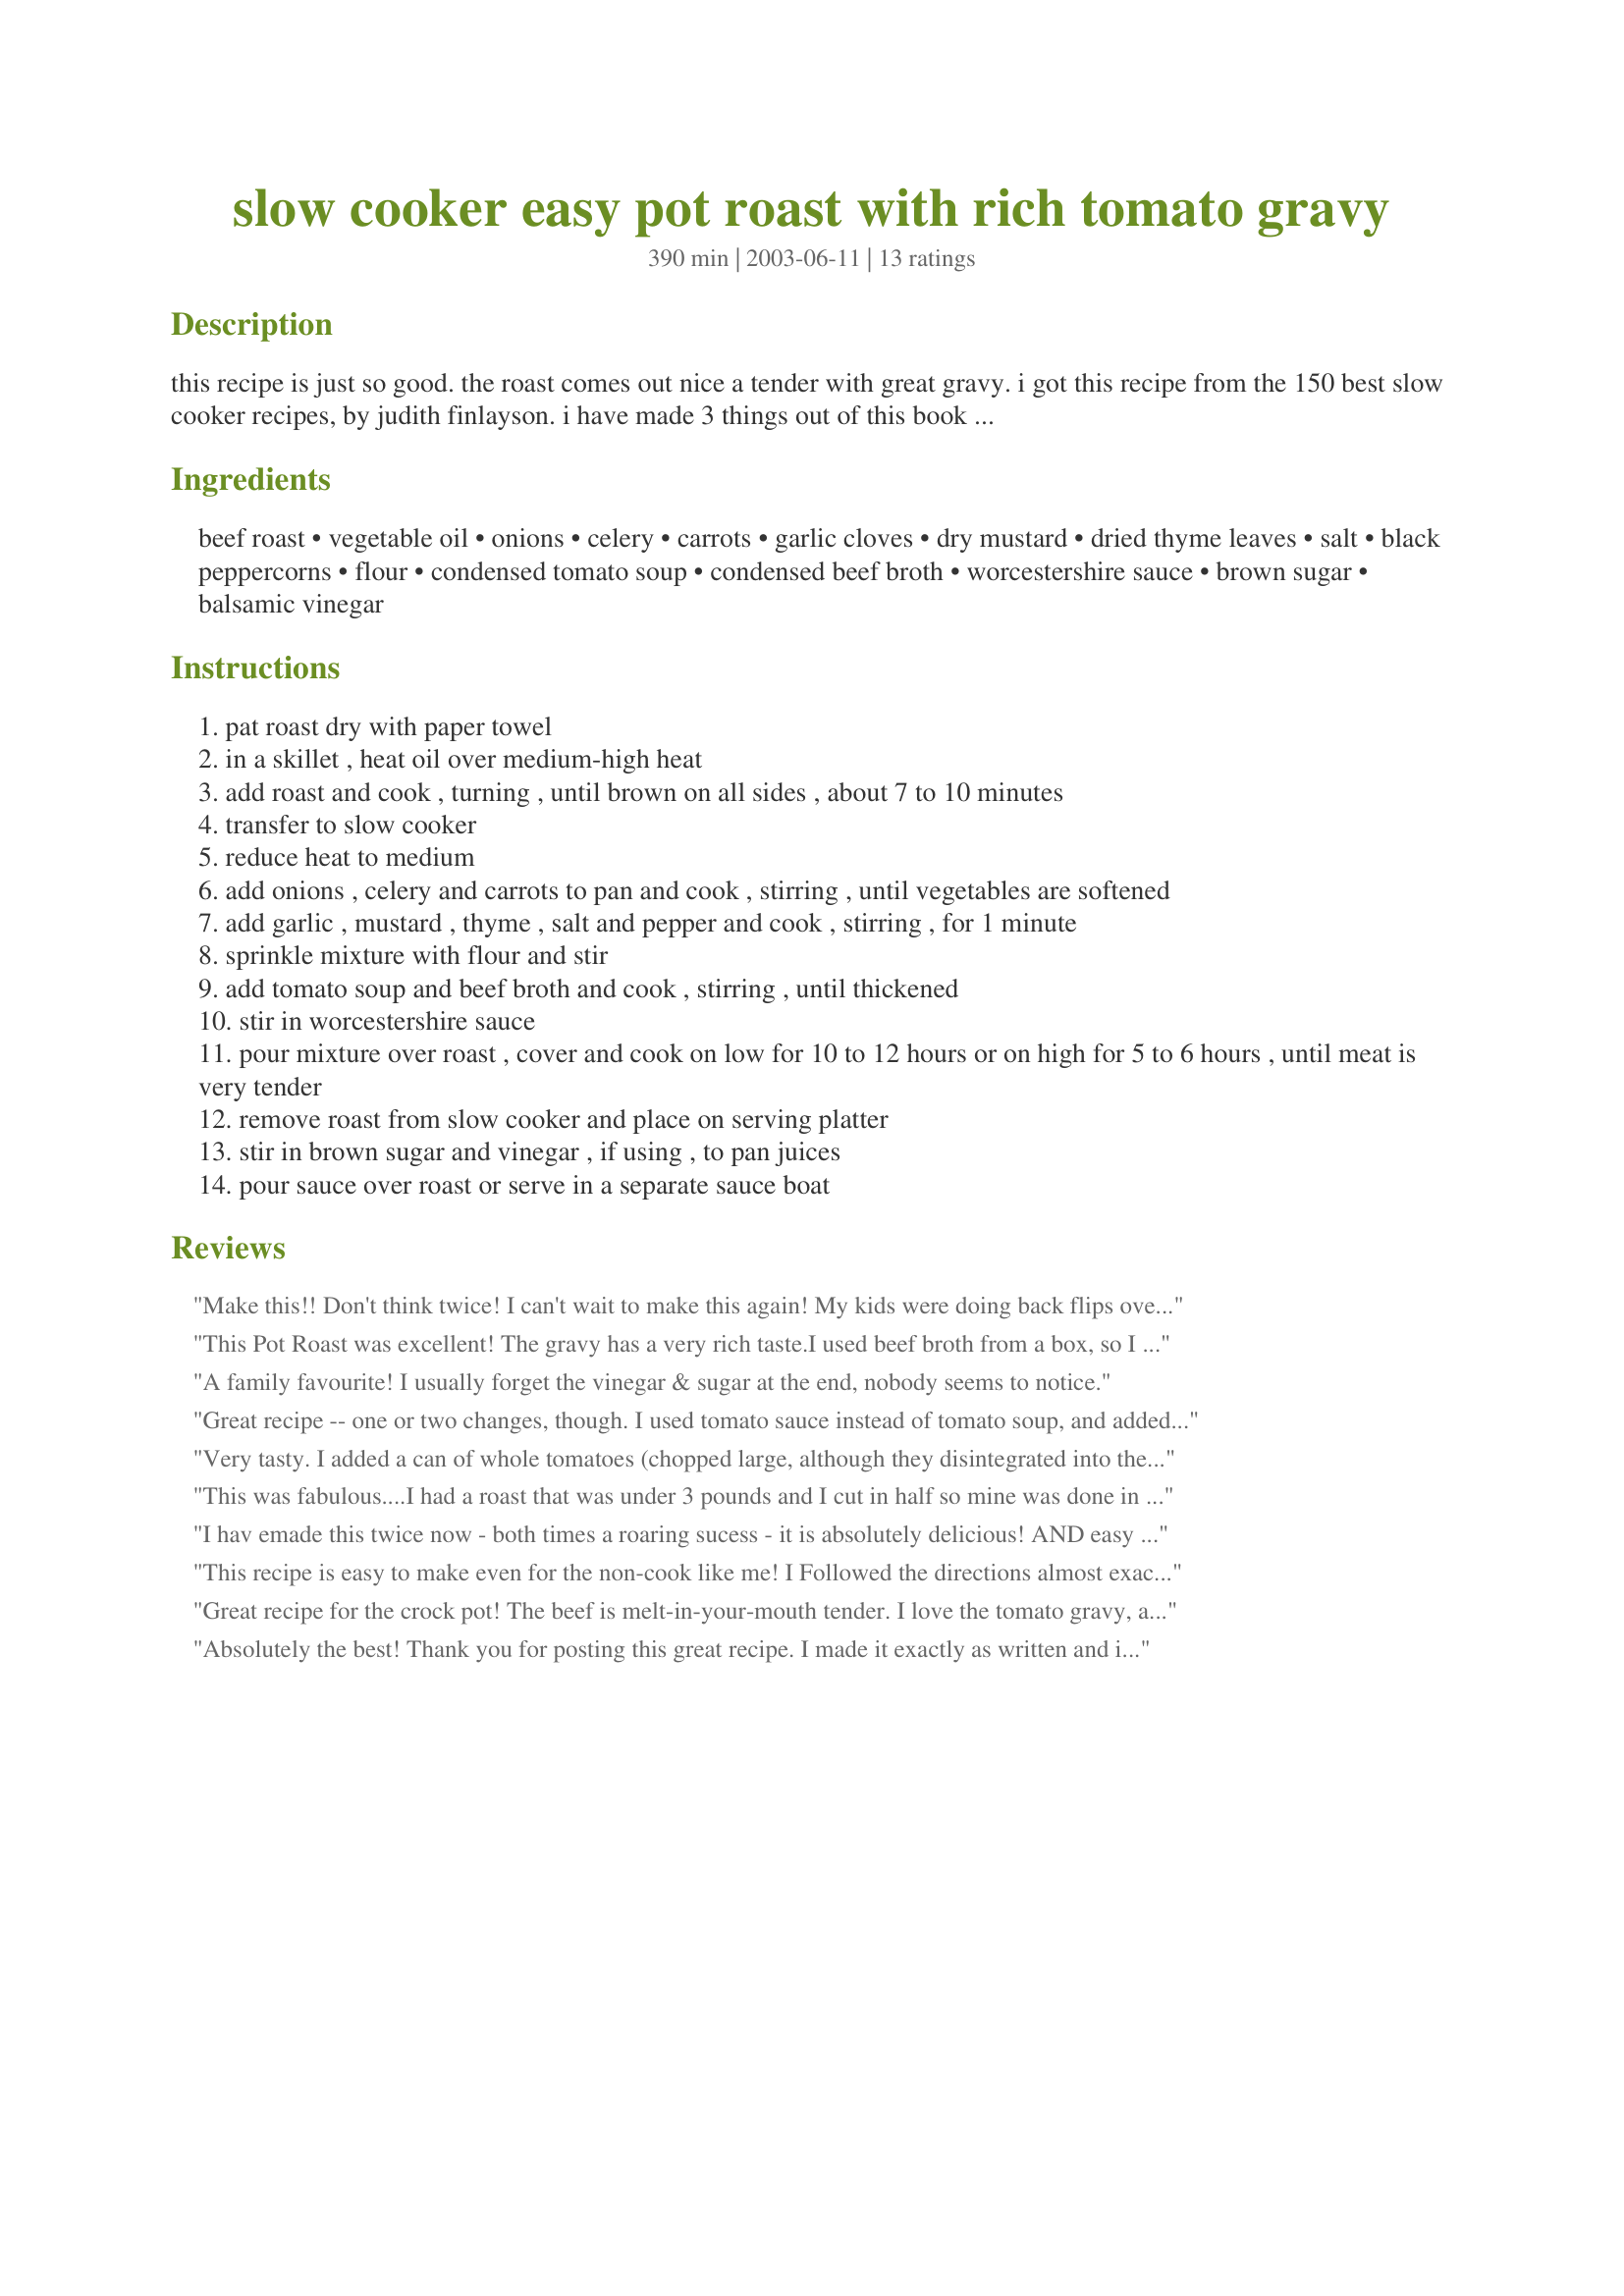
slow cooker easy pot roast with rich tomato gravy
Preparation time: 390 minutes

this recipe is just so good. the roast comes out nice a tender with great gravy. i got this recipe from the 150 best slow cooker recipes, by judith finlayson. i have made 3 things out of this book at the time being and every thing is very good. i will post more as i come by my favs. remember: that you should know your slow cooker. slow cookers vary in cooking speed, hence the reason why there is a gap in cooking time. enjoy.

Ingredients:
beef roast, vegetable oil, onions, celery, carrots, garlic cloves, dry mustard, dried thyme leaves, salt, black peppercorns, flour, condensed tomato soup, condensed beef broth, worcestershire sauce, brown sugar, balsamic vinegar

Steps:
pat roast dry with paper towel
in a skillet , heat oil over medium-high heat
add roast and cook , turning , until brown on all sides , about 7 to 10 minutes
transfer to slow cooker
reduce heat to medium
add onions , celery and carrots to pan and cook , stirring , until vegetables are softened
add garlic , mustard , thyme , salt and pepper and cook , stirring , for 1 minute
sprinkle mixture with flour and stir
add tomato soup and beef broth and cook , stirring , until thickened
stir in worcestershire sauce
pour mixture over roast , cover and cook on low for 10 to 12 hours or on high for 5 to 6 hours , until meat is very tender
remove roast from slow cooker and place on serving platter
stir in brown sugar and vinegar , if using , to pan juices
pour sauce over roast or serve in a separate sauce boat

Reviews:
Make this!! Don't think twice! I can't wait to make this again! My kids were doing back flips over this dish!!!Very easy and very good! I used balsamic vinegar and dijon in place of the dry mustard!
This Pot Roast was excellent! The gravy has a very rich taste.I used beef broth from a box, so I had to thicken the gravy a little more. After cooking, I removed the vegetables and thickend sauce on the stove using to 2 Tbsp flour to 2 cups of the sauce. Serve the vegetables as a side dish. I left out the vinegar and brown sugar and it still tasted great, but will try next time. I would make this for company. It's the perfect Sunday dinner. Serve the gravy on the side and make lot of real mashed potatoes. Yum
A family favourite! I usually forget the vinegar & sugar at the end, nobody seems to notice.
Great recipe -- one or two changes, though. I used tomato sauce instead of tomato soup, and added a 1/2 of a small can of tomato paste. It made for a richer gravy and I agree that it made the whole house smell like dinner all day long
Very tasty. I added a can of whole tomatoes (chopped large, although they disintegrated into the sauce) and half the juice from the tomatoes, as well maybe 1/4 C red wine. I also used beef stock paste, not broth, but the tomato juice made up for the extra liquid. I think it really improved by adding the balsamic vineagar; it gave the recipe a little needed edge. Didn't add the brown sugar though, as it didn't seem to need it. May vary depending on the soup you use? Thanks for this! Will repeat, I think!
This was fabulous....I had a roast that was under 3 pounds and I cut in half so mine was done in 5 hours on low...but it was wonderful...I added the balsamic vinagar and brown sugar and I think it is a must...wonderful taste...will make again and again over a long long winter...
I hav emade this twice now - both times a roaring sucess - it is absolutely delicious! AND easy - thank you!
This recipe is easy to make even for the non-cook like me!
I Followed the directions almost exactly.
I added canned potatoes just because I like meat and potatoes.
Everybody loved the roast and the gravy!
It smells great cooking and tastes even better when served!
Great recipe for the crock pot! The beef is melt-in-your-mouth tender. I love the tomato gravy, as is. (I did try the optional brown sugar & balsamic vinegar add-ins at the end, but did not care for the taste.) The only changes I made to the recipe were to add a can of cut green beans and some halved potatoes..I love lots of veggies with my roast. Make sure you have 15-20 min. prep time in the morning for the first steps. I'll definitely keep this recipe in my crock pot file. Thanks Faith!
Absolutely the best! Thank you for posting this great recipe. I made it exactly as written and it was the most awsome Pot Roast I have ever made.
I have made this meal many times over the past 4 years, the only thing I change is I omit the potatoes and make mashed potatoes because the gravy this recipe produces is so amazing it has to be put all over mashed potatoes! This is the best thing I have ever made in a crock pot, I got my first one in 1974!
This is wonderful. THE BEST! A shame the photo is so awful because it is certainly not a good representation of the finished product. My family loves this and says it is the best ever. Do not hesitate to try this recipe. The gravy is rich, I used a cornstarch slurry to thicken it and that is the only change I ever made. Wish I had taken a photo...Next time!
I've never had luck with roast, but I saw this recipe and thought I would give it a go. SO glad I did....it's the first time that I've made a roast that you could cut with a fork and the recipe was very easy to follow. I didn't add the balsamic vinegar or the brown sugar (only because my husband was home by that point and begged me not to......not the most adventerous eater) and it still tasted awesome. This recipe doesn't lack anything in flavour. Thank you so much for the recipe. Finally another to add to the list of "husband approved" recipes. (By the way, there are only about 7 on the list so far. LOL)
